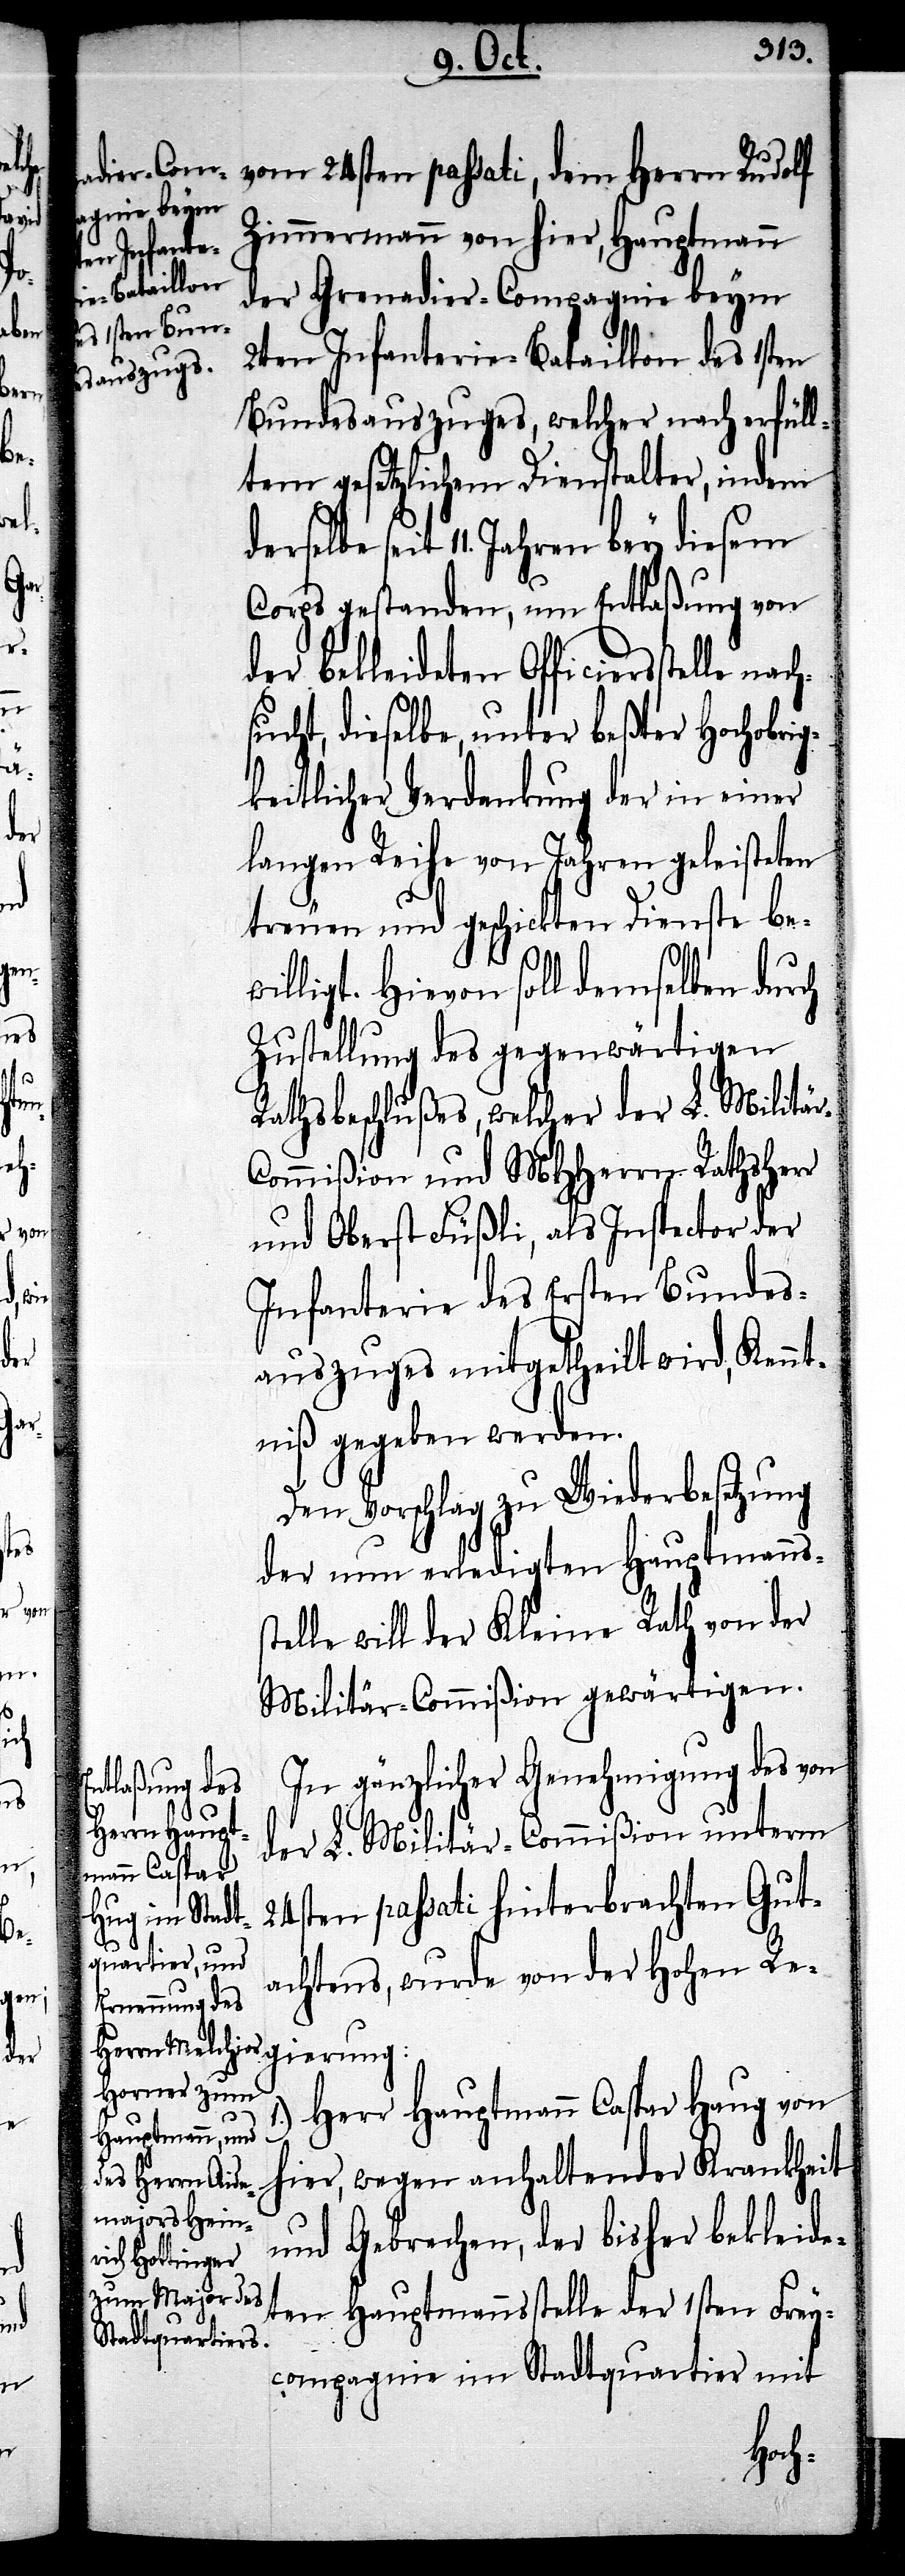
lbe
gier¬
se¬

ung:

vom 24sten passati, dem Herrn Rudolf
Jahren bey
Zimmermann von hier, Hauptmann
der Grenadier-Compagnie beym
2ten Infanterie-Bataillon des 1sten
Bundesauszuges, welcher nach erfüll¬
tem gesetzlichen Dienstalter, indem
Corps gestanden, um Entlaßung von
der bekleideten Officiersstelle nach¬
sucht, dieselbe, unter beßter hochobrig¬
keitlicher Verdankung der in einer
langen Reihe von Jahren geleisteten
treuen und geschickten Dienste be¬
willigt. Hievon soll demselben durch
Zustellung des gegenwärtigen
Rathsbeschlußes, welcher der L. Militä¬
ommißion und MHHerrn Rathsherr
und Oberst Füßli, als Inspector der
Infanterie des Ersten Bundes¬
auszuges mitgetheilt wird, Kennt¬
niß gegeben werden.
Den Vorschlag zu Wiederbesetzung
der nun erledigten Hauptmanns¬
stelle will der Kleine Rath von der
Militär-Commißion gewärtigen.
In gänzlicher Genehmigung des von
der L. Militär-Commißion untem
24sten passati hinterbrachten Gut¬
achtens, wurde von der hohen Re¬
1.) Herr Hauptmann Caspar Haug von
hier, wegen anhaltender Krankheit
und Gebrechen, der bisher bekleide¬
ten Hauptmannsstelle der 1sten Frey¬
compagnie im Stadtquartier mit
r-C¬